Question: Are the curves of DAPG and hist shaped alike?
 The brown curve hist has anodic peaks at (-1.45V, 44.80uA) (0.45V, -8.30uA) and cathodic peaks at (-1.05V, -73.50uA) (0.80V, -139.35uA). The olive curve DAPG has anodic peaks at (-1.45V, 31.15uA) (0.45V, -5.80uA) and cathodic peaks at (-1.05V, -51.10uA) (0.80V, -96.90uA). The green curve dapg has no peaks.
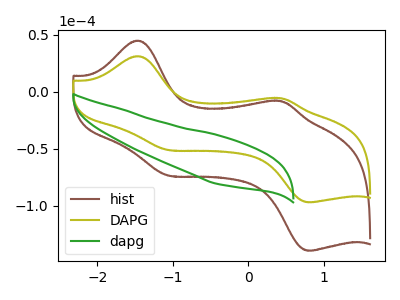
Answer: <think>All the peaks in "DAPG" have a peak in "hist" at the same potential.
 </think>
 <answer>"DAPG" and "hist" are similar in shape.</answer>
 <eval>same_shape</eval>